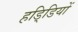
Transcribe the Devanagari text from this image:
हडि्डियों